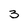
Character: 3